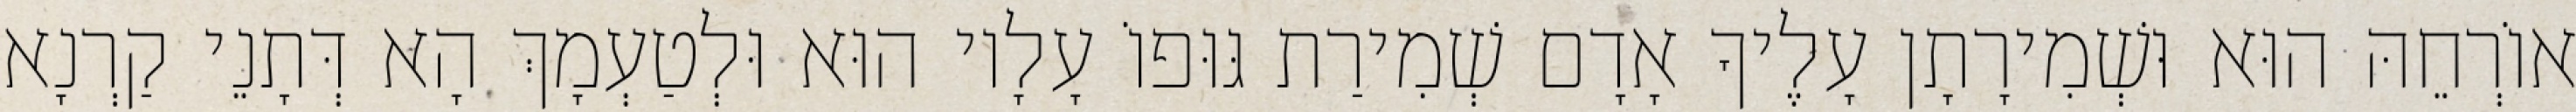
אוֹרְחֵהּ הוּא וּשְׁמִירָתָן עָלֶיךָ אָדָם שְׁמִירַת גּוּפוֹ עָלָיו הוּא וּלְטַעְמָךְ הָא דְּתָנֵי קַרְנָא